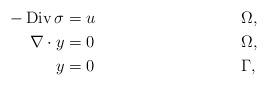
LaTeX: \begin{align*}- \operatorname{Div} \sigma &=u && \Omega,\\\nabla \cdot y & =0 && \Omega,\\ y&=0 && \Gamma,\end{align*}